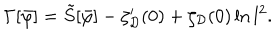
\Gamma [ \bar { \varphi } ] = \tilde { S } [ \bar { \varphi } ] - \zeta _ { \cal D } ^ { \prime } ( 0 ) + \zeta _ { \cal D } ( 0 ) \ln l ^ { 2 } .